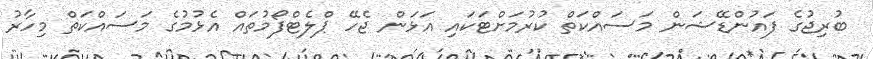
ބުރިޖުގެ ފައުންޑޭޝަން މަސައްކަތް ކުރުމަށްޓަކައި އަޅަން ޖެހޭ ޕްލެޓްފޯމުތައް އެޅުމުގެ މަސައްކަތް މިހާރު